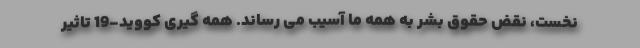
نخست، نقض حقوق بشر به همه ما آسیب می رساند. همه گیری کووید-19 تاثیر